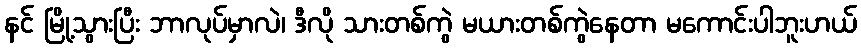
နင် မြို့သွားပြီး ဘာလုပ်မှာလဲ၊ ဒီလို သားတစ်ကွဲ မယားတစ်ကွဲနေတာ မကောင်းပါဘူးဟယ်